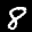
Label: 8